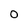
Character: O